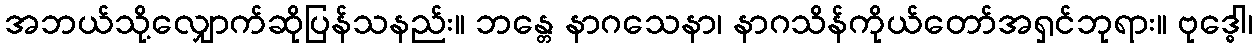
အဘယ်သို့လျှောက်ဆိုပြန်သနည်း။ ဘန္တေ နာဂသေနာ၊ နာဂသိန်ကိုယ်တော်အရှင်ဘုရား။ ဗုဒ္ဓေါ၊